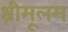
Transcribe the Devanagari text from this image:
श्रीमूलम्